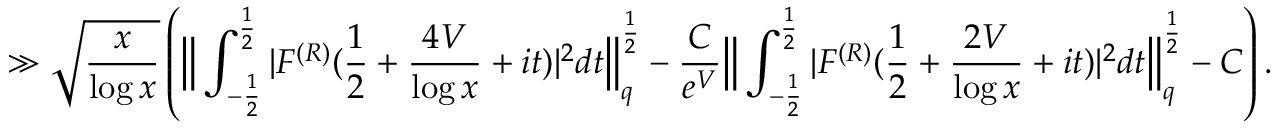
\gg \sqrt { \frac { x } { \log x } } \left( \Big \| \int _ { - \frac { 1 } { 2 } } ^ { \frac { 1 } { 2 } } | F ^ { ( R ) } ( \frac { 1 } { 2 } + \frac { 4 V } { \log x } + i t ) | ^ { 2 } d t \Big \| _ { q } ^ { \frac { 1 } { 2 } } - \frac { C } { e ^ { V } } \Big \| \int _ { - \frac { 1 } { 2 } } ^ { \frac { 1 } { 2 } } | F ^ { ( R ) } ( \frac { 1 } { 2 } + \frac { 2 V } { \log x } + i t ) | ^ { 2 } d t \Big \| _ { q } ^ { \frac { 1 } { 2 } } - C \right) .